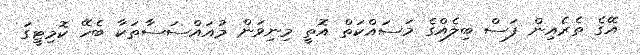
އޭގެ ތެރެއިން ފަސް ބިލެއްގެ މަސައްކަތް އޮތީ މިނިވަން މުއައްސަސާތަކާ ބެހޭ ކޮމިޓީގަ